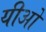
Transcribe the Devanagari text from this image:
यीओ